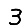
Digit: 3